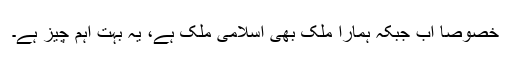
خصوصا اب جبکہ ہمارا ملک بھی اسلامی ملک ہے، یہ بہت اہم چیز ہے۔